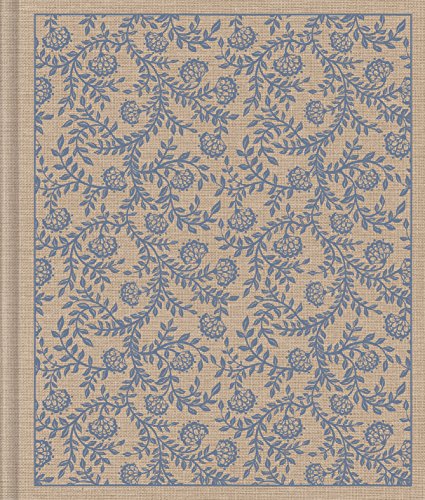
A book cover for ESV Journaling Bible (Cloth over Board, Flowers); ESV Bibles by Crossway; Christian Books & Bibles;